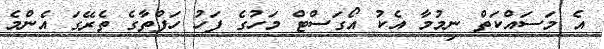
އެ މަސައްކަތް ނިމުމާ އެކު އޯގަސްޓް މަހުގެ ފަހު ހަފްތާގެ ތެރޭގަ އެންމެ